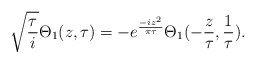
\begin{align*}\sqrt{\frac{\tau}{i}}\Theta_1(z,\tau)=-e^{\frac{-i z^2}{\pi \tau}} \Theta_1(-\frac{z}{\tau},\frac{1}{\tau}).\end{align*}